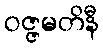
ဝဇ္ဇမတိနီ